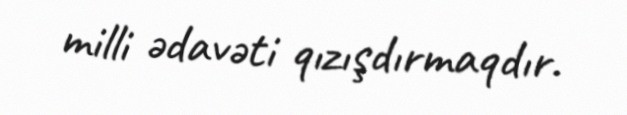
milli ədavəti qızışdırmaqdır.